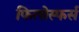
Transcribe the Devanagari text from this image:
फिलोस्फर्स